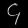
Digit: ၄